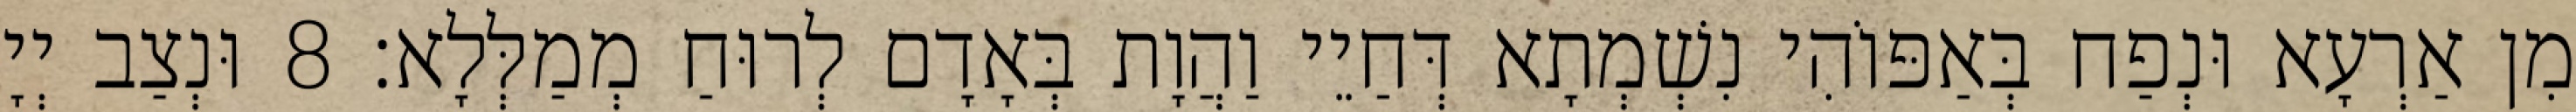
מִן אַרְעָא וּנְפַח בְּאַפּוֹהִי נִשְׁמְתָא דְּחַיֵי וַהֲוָת בְּאָדָם לְרוּחַ מְמַלְּלָא׃ 8 וּנְצַב יְיָ